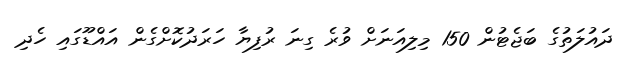
ދައުލަތުގެ ބަޖެޓުން 150 މިލިއަނަށް ވުރެ ގިނަ ރުފިޔާ ހަރަދުކޮށްގެން އައްޑޫގައި ހެދި